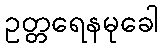
ဥတ္တရေနမုခေါ